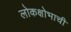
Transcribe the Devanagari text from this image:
लोकक्षोभाची